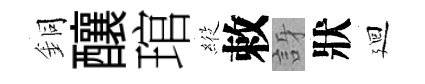
銅釀琯𦂵敕訝狀廻